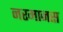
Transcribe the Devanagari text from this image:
नरमानस